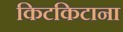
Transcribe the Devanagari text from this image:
किटकिटाना